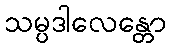
သမ္ပဒါလေန္တော